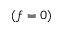
( f = 0 )